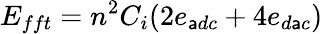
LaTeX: E_{fft}=n^{2}C_{i}(2e_{\mathsf{a}dc}+4e_{d\mathsf{a}c})